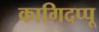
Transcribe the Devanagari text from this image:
कागिदप्पू